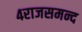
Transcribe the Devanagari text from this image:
४राजसमन्द